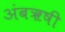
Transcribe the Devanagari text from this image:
अंबॠषी